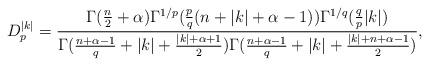
LaTeX: \begin{align*}D_{p}^{|k|}=\frac{\Gamma(\frac{n}{2}+\alpha)\Gamma^{1/p}(\frac{p}{q}(n+|k|+\alpha-1))\Gamma^{1/q}(\frac{q}{p}|k|)}{\Gamma(\frac{n+\alpha-1}{q}+|k|+\frac{|k|+\alpha+1}{2})\Gamma(\frac{n+\alpha-1}{q}+|k|+\frac{|k|+n+\alpha-1}{2})},\end{align*}